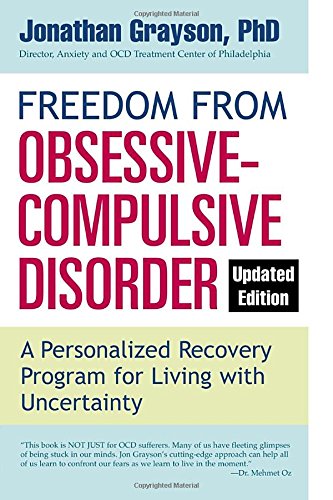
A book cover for Freedom from Obsessive Compulsive Disorder (Updated Edition); Jonathan Grayson; Health, Fitness & Dieting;